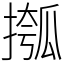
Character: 摦